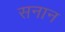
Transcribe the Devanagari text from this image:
सनान